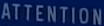
ATTENTION